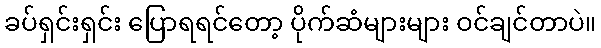
ခပ်ရှင်းရှင်း ပြောရရင်တော့ ပိုက်ဆံများများ ဝင်ချင်တာပဲ။